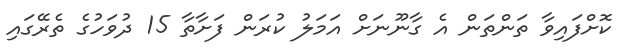
ކޮށްފައިވާ ތަންތަން އެ ގާނޫނަށް އަމަލު ކުރަން ފަށާތާ 15 ދުވަހުގެ ތެރޭގައި